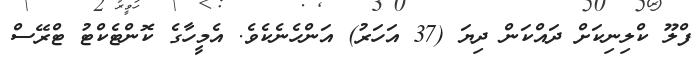
ފްލޫ ކްލިނިކަށް ދައްކަން ދިޔަ (37 އަހަރު) އަންހެނެކެވެ. އެމީހާގެ ކޮންޓެކްޓު ޓްރޭސް